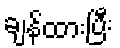
ချန်ထားပြီး